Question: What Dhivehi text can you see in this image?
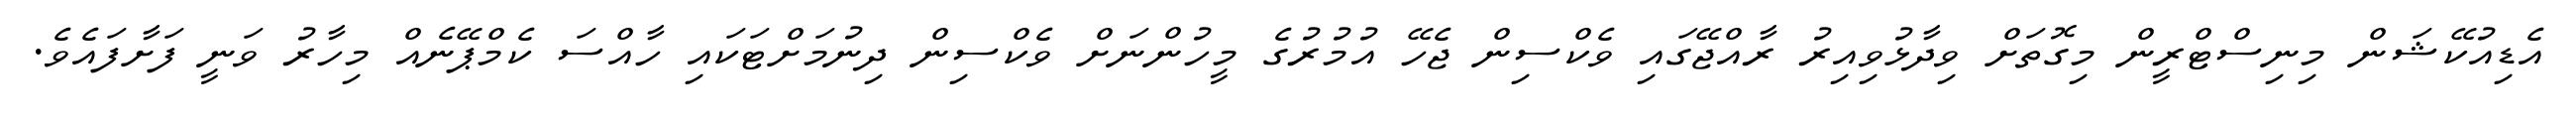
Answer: އެޑިއުކޭޝަން މިނިސްޓްރީން މިގޮތަށް ވިދާޅުވިއިރު ރާއްޖޭގައި ވެކްސިން ޖެހޭ އުމުރުގެ މީހުންނަށް ވެކްސިން ދިނުމަށްޓަކައި ހާއްސަ ކެމްޕޭނެއް މިހާރު ވަނީ ފަށާފައެވެ.